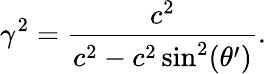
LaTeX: \gamma^{2}=\frac{c^{2}}{c^{2}-c^{2}\sin^{2}(\theta^{\prime})}.